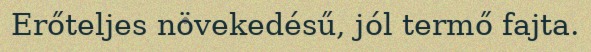
Erőteljes növekedésű, jól termő fajta.